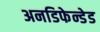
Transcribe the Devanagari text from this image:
अनडिफेन्डेड